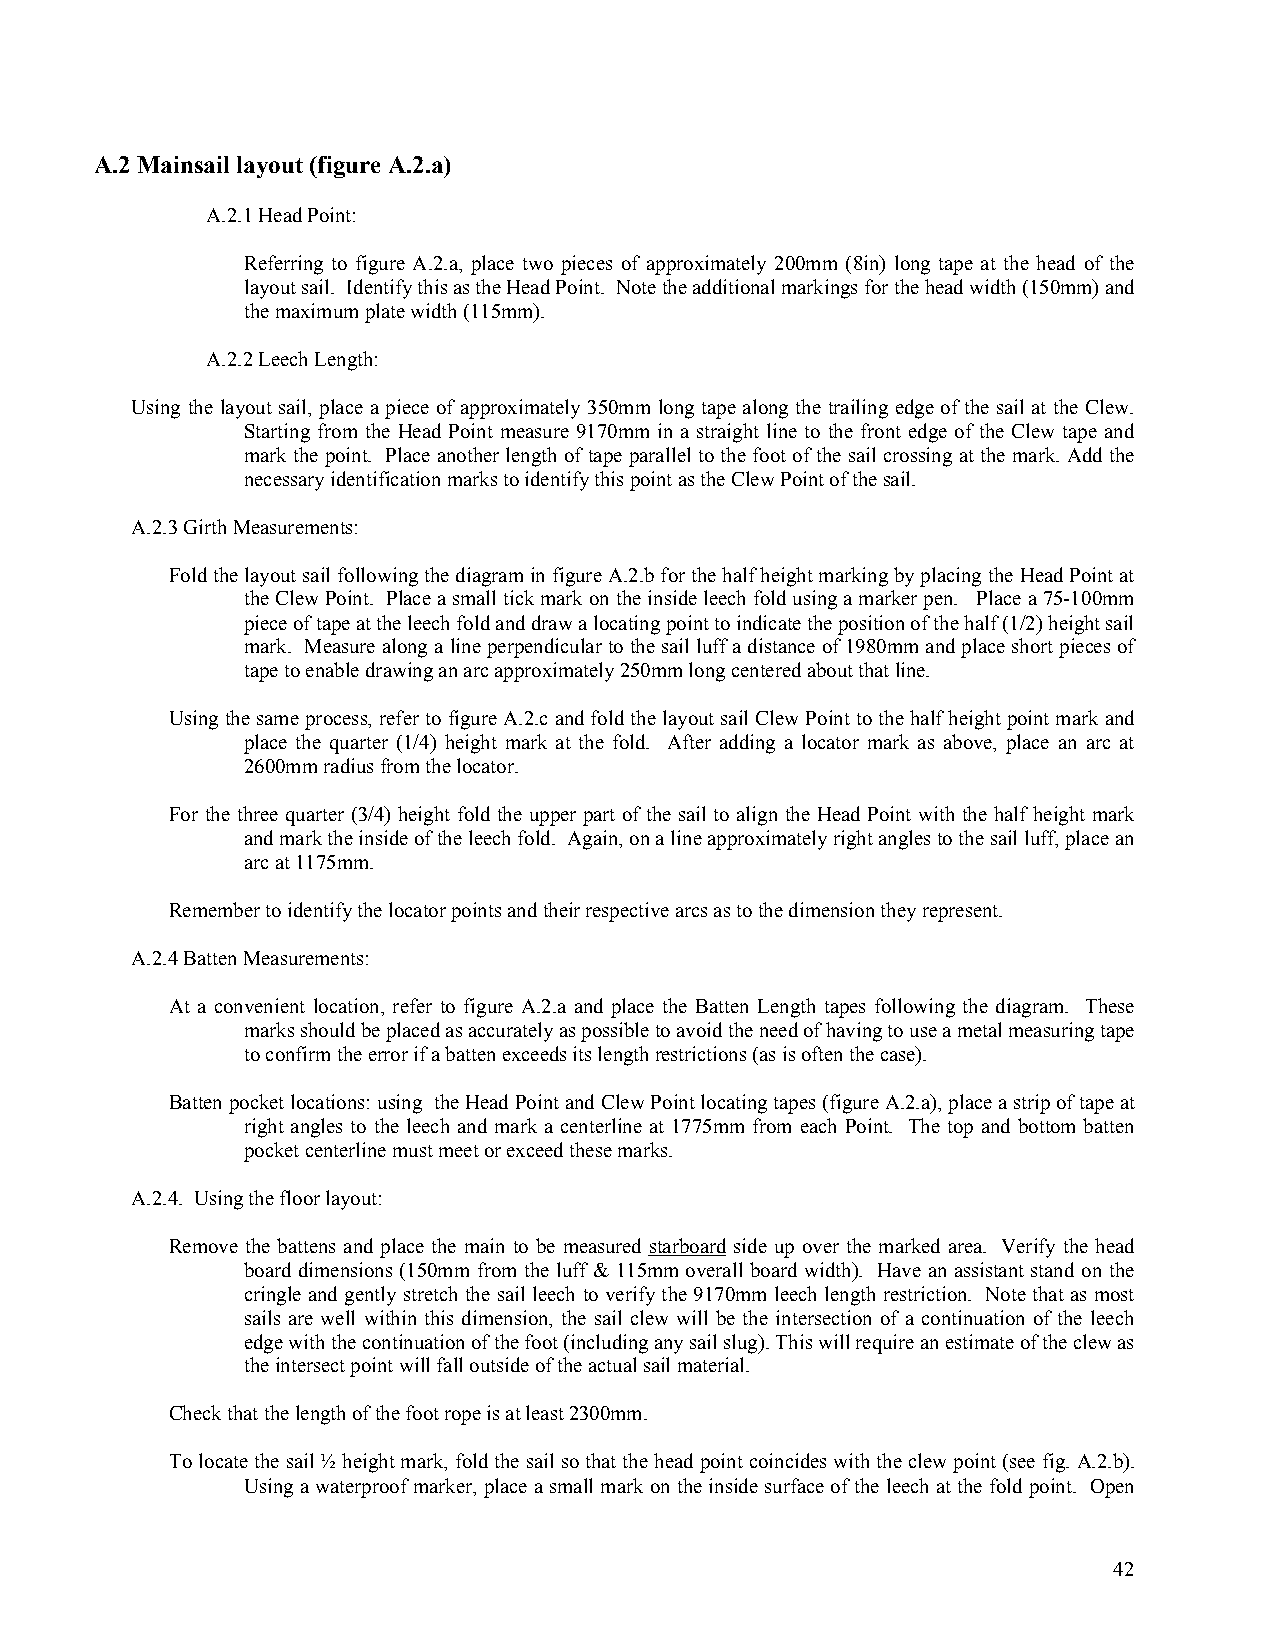
A.2 Mainsail layout (figure A.2.a)
 A.2.1 Head Point:
 Referring to figure A.2.a, place two pieces of approximately 200mm (8in) long tape at the head of the
 layout sail. Identify this as the Head Point. Note the additional markings for the head width (150mm) and
 the maximum plate width (115mm).
 A.2.2 Leech Length:
 Using the layout sail, place a piece of approximately 350mm long tape along the trailing edge of the sail at the Clew.
 Starting from the Head Point measure 9170mm in a straight line to the front edge of the Clew tape and
 mark the point. Place another length of tape parallel to the foot of the sail crossing at the mark. Add the
 necessary identification marks to identify this point as the Clew Point of the sail.
 A.2.3 Girth Measurements:
 Fold the layout sail following the diagram in figure A.2.b for the half height marking by placing the Head Point at
 the Clew Point. Place a small tick mark on the inside leech fold using a marker pen. Place a 75-100mm
 piece of tape at the leech fold and draw a locating point to indicate the position of the half (1/2) height sail
 mark. Measure along a line perpendicular to the sail luff a distance of 1980mm and place short pieces of
 tape to enable drawing an arc approximately 250mm long centered about that line.
 Using the same process, refer to figure A.2.c and fold the layout sail Clew Point to the half height point mark and
 place the quarter (1/4) height mark at the fold. After adding a locator mark as above, place an arc at
 2600mm radius from the locator.
 For the three quarter (3/4) height fold the upper part of the sail to align the Head Point with the half height mark
 and mark the inside of the leech fold. Again, on a line approximately right angles to the sail luff, place an
 arc at 1175mm.
 Remember to identify the locator points and their respective arcs as to the dimension they represent.
 A.2.4 Batten Measurements:
 At a convenient location, refer to figure A.2.a and place the Batten Length tapes following the diagram. These
 marks should be placed as accurately as possible to avoid the need of having to use a metal measuring tape
 to confirm the error if a batten exceeds its length restrictions (as is often the case).
 Batten pocket locations: using the Head Point and Clew Point locating tapes (figure A.2.a), place a strip of tape at
 right angles to the leech and mark a centerline at 1775mm from each Point. The top and bottom batten
 pocket centerline must meet or exceed these marks.
 A.2.4. Using the floor layout:
 Remove the battens and place the main to be measured starboard side up over the marked area. Verify the head
 board dimensions (150mm from the luff & 115mm overall board width). Have an assistant stand on the
 cringle and gently stretch the sail leech to verify the 9170mm leech length restriction. Note that as most
 sails are well within this dimension, the sail clew will be the intersection of a continuation of the leech
 edge with the continuation of the foot (including any sail slug). This will require an estimate of the clew as
 the intersect point will fall outside of the actual sail material.
 Check that the length of the foot rope is at least 2300mm.
 To locate the sail ½ height mark, fold the sail so that the head point coincides with the clew point (see fig. A.2.b).
 Using a waterproof marker, place a small mark on the inside surface of the leech at the fold point. Open
 42